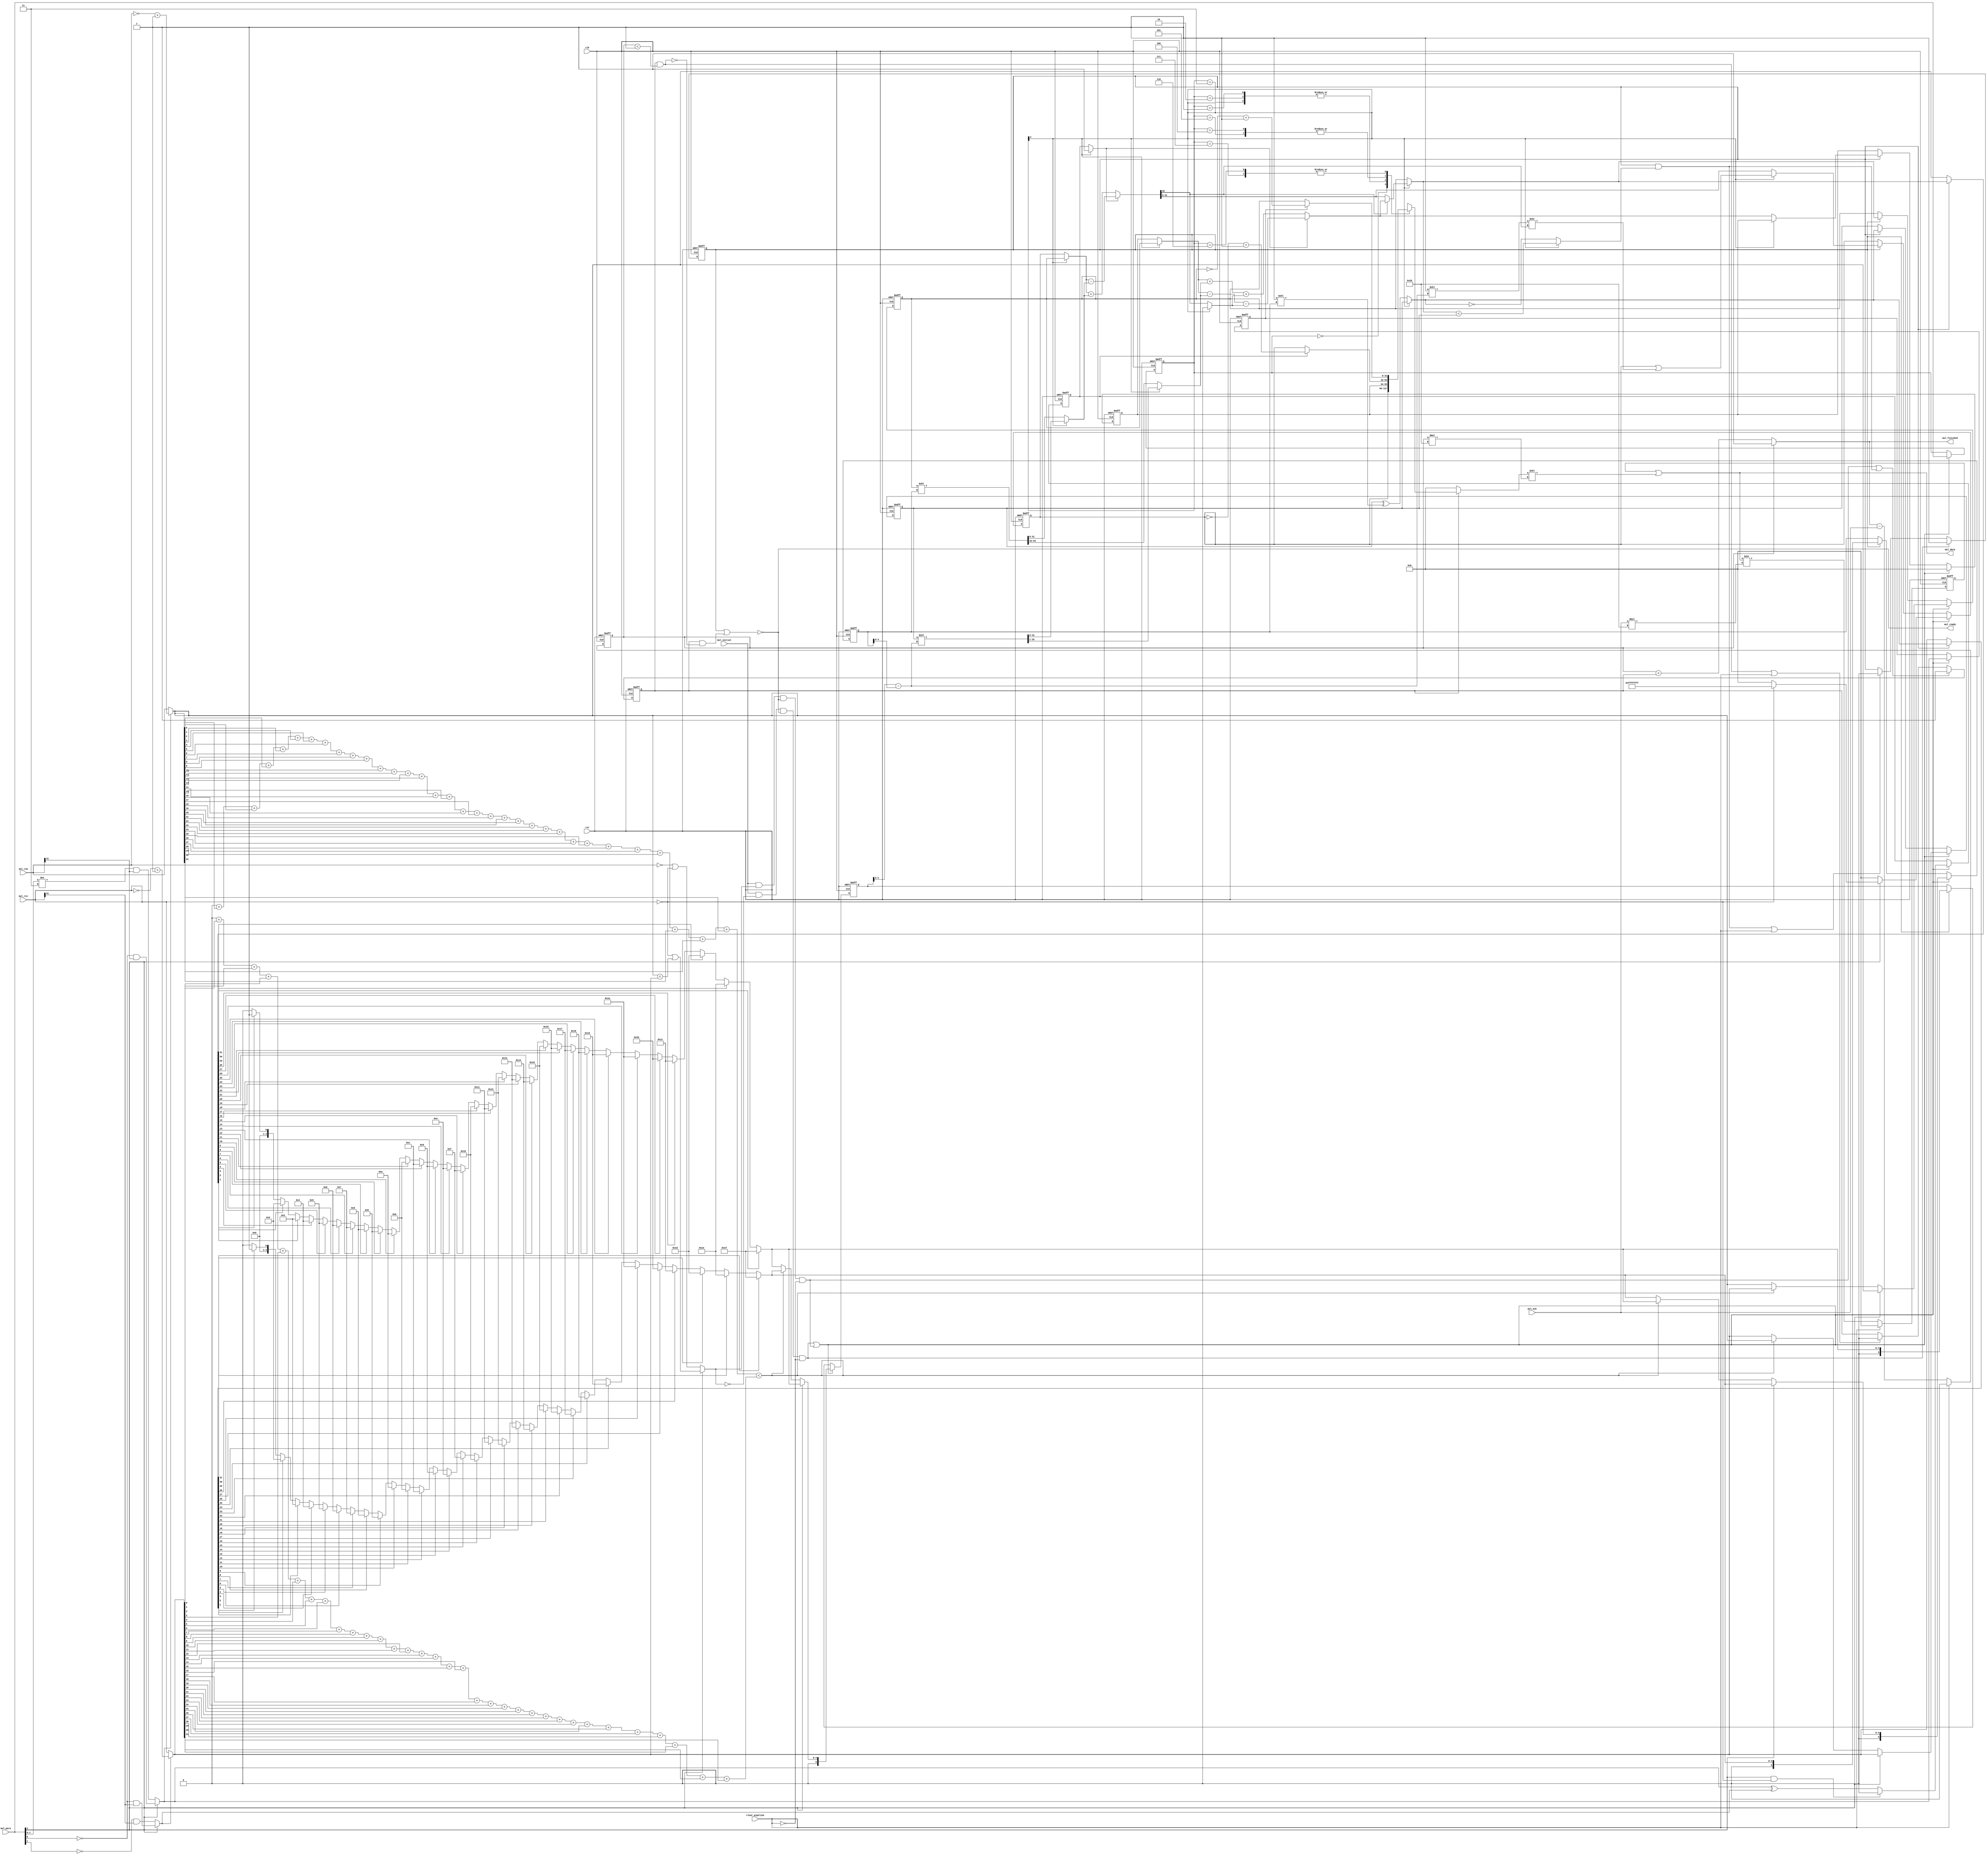
/////////////////////////////////////////////////////////////////////////////////////
//
//Copyright 2020  Li Xinbing
//
//Licensed under the Apache License, Version 2.0 (the "License");
//you may not use this file except in compliance with the License.
//You may obtain a copy of the License at
//
//    http://www.apache.org/licenses/LICENSE-2.0
//
//Unless required by applicable law or agreed to in writing, software
//distributed under the License is distributed on an "AS IS" BASIS,
//WITHOUT WARRANTIES OR CONDITIONS OF ANY KIND, either express or implied.
//See the License for the specific language governing permissions and
//limitations under the License.
//
/////////////////////////////////////////////////////////////////////////////////////

//`include "define.v"

`define N(n)        [(n)-1:0]
`define FFx(signal,bits)           always @ ( posedge clk or posedge  rst ) if (   rst   )  signal <= bits;  else

`define XLEN                   32

`define MULBUF_LEN             1
`define MULBUF_OFF             $clog2(`MULBUF_LEN+1)

module mul(
    input                                    clk,
    input                                    rst,

	input                                    clear_pipeline,	
	
	input                                    mul_initial,
	input  `N(3)                             mul_para,
	input  `N(`XLEN)                         mul_rs0,
	input  `N(`XLEN)                         mul_rs1,
	output                                   mul_ready,

	output                                   mul_finished,
	output `N(`XLEN)                         mul_data,	
	input                                    mul_ack
	
);


    //---------------------------------------------------------------------------
    //function defination
    //---------------------------------------------------------------------------

    function `N($clog2(`XLEN+1)) highest_pos(input `N(`XLEN) d);
	integer i;
	begin
	    highest_pos = 0;
	    for (i=0;i<`XLEN;i=i+1)
		    if ( d[i] )
	            highest_pos = i;
	end
	endfunction

	function `N($clog2(`XLEN+1)) sumbits(input `N(`XLEN) d);
	integer i;
	begin
	    sumbits = 0;
		for (i=0;i<`XLEN;i=i+1)
		    sumbits = sumbits + d[i];
	end
	endfunction

    //---------------------------------------------------------------------------
    //signal defination
    //---------------------------------------------------------------------------

	reg                           calc_flag;
	reg  `N(3)                    calc_para;
	reg                           calc_sign_xor,calc_sign_rs0;
	reg  `N(`XLEN)                calc_a,calc_b,calc_x,calc_y;
	reg  `N($clog2(`XLEN+1))      calc_a_pos,calc_b_pos;
	wire                          calc_over;
	wire `N(`XLEN)                calc_a_in,calc_b_in,calc_x_in,calc_y_in;	
	
	reg                           write_flag;
	reg  `N(`XLEN)                write_data;
    wire                          write_over;
	
    //---------------------------------------------------------------------------
    //statements area
    //---------------------------------------------------------------------------	

	wire `N(`XLEN)              rs0_word = mul_rs0;
	wire `N(`XLEN)              rs1_word = mul_rs1;
	wire                        rs0_sign = mul_para[2] ? (~mul_para[0] & rs0_word[31]) : ( (mul_para[1:0]!=2'b11) & rs0_word[31] );
	wire                        rs1_sign = mul_para[2] ? (~mul_para[0] & rs1_word[31]) : ( ~mul_para[1] & rs1_word[31] );	
	wire `N(`XLEN)              rs0_data = rs0_sign ? ( ~rs0_word + 1'b1 ) : rs0_word;
	wire `N(`XLEN)              rs1_data = rs1_sign ? ( ~rs1_word + 1'b1 ) : rs1_word;	

    wire                      mul_direct = mul_para[2] ? ((rs1_word==0)|(rs0_data<rs1_data)) : ((rs0_word==0)|(rs1_word==0));	
    wire                     mul_is_busy = calc_flag|(write_flag & ~write_over);
	assign                     mul_ready = ~mul_is_busy;
	
	//to calcuate MUL/DIV function
	wire                      calc_start = mul_initial & ~mul_direct & ~mul_is_busy & ~clear_pipeline;	
	wire                     write_start = mul_initial &  mul_direct & ~mul_is_busy & ~clear_pipeline;
	
	`FFx(calc_flag,0)
	if ( calc_start )
	    calc_flag <= 1'b1;
	else if ( calc_over|clear_pipeline )
	    calc_flag <= 1'b0;
	else;
	
	`FFx(calc_para,0)
	if ( calc_start|write_start )
	    calc_para <= mul_para[2:0];
	else;
	
	`FFx(calc_sign_xor,0)
	if ( calc_start|write_start )
	    calc_sign_xor <= (mul_para[2]&(rs1_word==0)) ? 0 : (rs0_sign^rs1_sign);
	else;
	
	`FFx(calc_sign_rs0,0)
	if ( calc_start|write_start )
	    calc_sign_rs0 <= rs0_sign;
    else;

	wire                num_less_compare = sumbits(rs0_data)<sumbits(rs1_data);

	`FFx(calc_a,0)
	if ( calc_start|write_start )
	    if ( mul_para[2] )
		    calc_a <= rs0_data;
		else
		    calc_a <= num_less_compare ? rs1_data : rs0_data;
	else if ( calc_flag )
	    calc_a <= calc_a_in;
	else;
	
	`FFx(calc_b,0)
	if ( calc_start|write_start )
	    if ( mul_para[2] )
		    calc_b <= rs1_data;
		else
		    calc_b <= num_less_compare ? rs0_data : rs1_data;
	else if ( calc_flag )
	    calc_b <= calc_b_in;
	else;
	
	`FFx(calc_x,0)
	if ( calc_start|write_start )
	    if ( mul_para[2] )
		    calc_x <= ( rs1_word==0 ) ? 32'hffffffff : 0;
		else
		    calc_x <= 0;
	else if ( calc_flag )
	    calc_x <= calc_x_in;
	else;
	
	`FFx(calc_y,0)
	if ( calc_start|write_start )
	    calc_y <= 0;
	else if ( calc_flag )
	    calc_y <= calc_y_in;
	else;
	
    wire `N(`XLEN)              pos_a_in = calc_flag ? calc_a_in : rs0_data;
    wire `N(5)                 pos_a_out = highest_pos(pos_a_in);
    wire `N(`XLEN)              pos_b_in = calc_flag ? calc_b_in : rs1_data;
    wire `N(5)                 pos_b_out = highest_pos(pos_b_in);

    `FFx(calc_a_pos,0)
	if ( calc_start|write_start )
        if ( mul_para[2] )
            calc_a_pos <= pos_a_out;
        else 
            calc_a_pos <= num_less_compare ? pos_b_out : pos_a_out;
	else if ( calc_flag )
	    calc_a_pos <= pos_a_out;
    else;

    `FFx(calc_b_pos,0)
	if ( calc_start|write_start )
        if ( mul_para[2] )
            calc_b_pos <= pos_b_out;
        else 
            calc_b_pos <= num_less_compare ? pos_a_out : pos_b_out;
	else if ( calc_flag )
	    calc_b_pos <= pos_b_out;
    else;
	
	wire `N($clog2(`XLEN+1)) calc_ab_gap = calc_a_pos - calc_b_pos;
	wire `N($clog2(`XLEN))  calc_ab_diff = calc_ab_gap;

	wire `N(2*`XLEN)           mul_shift = calc_a<<calc_b_pos;
	wire                        sub_sign = calc_para[2] ? 1'b1 : calc_sign_xor;

	wire `N(`XLEN)           low_add_in0 = calc_para[2] ? calc_a : calc_x;
	wire `N(`XLEN)           low_add_in1 = calc_para[2] ? ( calc_b<<calc_ab_diff ) : mul_shift;
    wire `N(`XLEN+1)         low_add_out = sub_sign ? (low_add_in0 - low_add_in1) : (low_add_in0 + low_add_in1);
	
	wire                       carry_bit = low_add_out[`XLEN];
	wire                    high_add_bit = calc_para[2] ? 1'b0 : carry_bit;

    wire `N(`XLEN)          high_add_in0 = calc_para[2] ? calc_a : calc_y;
    wire `N(`XLEN)          high_add_in1 = calc_para[2] ? ( ( calc_b<<calc_ab_diff )>>1 ) : (mul_shift>>`XLEN);
    wire `N(`XLEN)          high_add_out = sub_sign ? (high_add_in0 - high_add_in1 - high_add_bit) : (high_add_in0 + high_add_in1 + high_add_bit);

	assign                     calc_a_in = calc_para[2] ?  ( carry_bit ? high_add_out : low_add_out ) : calc_a;
	assign                     calc_b_in = calc_para[2] ? calc_b : ( calc_b ^ (1'b1<<calc_b_pos) );
	assign                     calc_x_in = calc_para[2] ? ( calc_x|( (1'b1<<calc_ab_diff)>>carry_bit ) ) : low_add_out;
	assign                     calc_y_in = calc_para[2] ? calc_y : high_add_out;
	
	assign                     calc_over = calc_flag & ( calc_para[2] ? ( calc_a_in<calc_b ) : (calc_b_in==0) );
	
	//write from mem channel
	
	`FFx(write_flag,0)
	if( write_start|calc_over )
	    write_flag <= 1'b1;
	else if ( write_over|clear_pipeline )
	    write_flag <= 1'b0;
	else;
	
	always @*
	if ( write_flag )
	    case(calc_para)
	    3'h0          :  write_data = calc_x;
	    3'h1,3'h2,3'h3:  write_data = calc_y;
        3'h4,3'h5     :  write_data = calc_sign_xor ? (~calc_x+1'b1) : calc_x;
        3'h6,3'h7     :  write_data = calc_sign_rs0 ? (~calc_a+1'b1) : calc_a;
        endcase
	else
	    write_data = 0;

    //mul buffer
	reg  `N(`MULBUF_LEN*`XLEN) mulbuf_data;
	reg  `N(`MULBUF_OFF)       mulbuf_length;
	
	wire `N(`MULBUF_LEN*`XLEN) primary_data   = mulbuf_data|(write_data<<(mulbuf_length*`XLEN));
	wire `N(`MULBUF_OFF)       primary_length = (mulbuf_length==`MULBUF_LEN) ? `MULBUF_LEN : (mulbuf_length + write_flag);

    assign write_over = write_flag & (mulbuf_length<`MULBUF_LEN);

    assign mul_finished   = primary_length!=0;
    assign mul_data       = primary_data;
	
    `FFx(mulbuf_data,0)
    if ( clear_pipeline )	
	    mulbuf_data <= 0;
	else
	    mulbuf_data <= primary_data>>(mul_ack*`XLEN);
		
	`FFx(mulbuf_length,0)
	if ( clear_pipeline )
	    mulbuf_length <= 0;
	else
	    mulbuf_length <= primary_length - mul_ack;
endmodule